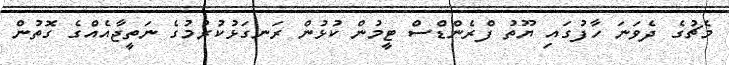
މެޗުގެ ދެވަނަ ހާފުގައި ޔޫތު ފްރެންޑްސް ޓީމުން ކުޅުން ރަނގަޅުކުރުމުގެ ނަތީޖާއެއްގެ ގޮތުން